Senior Leaving Certificate Examination (including Day School Certificate (Higher) General paper), 1947
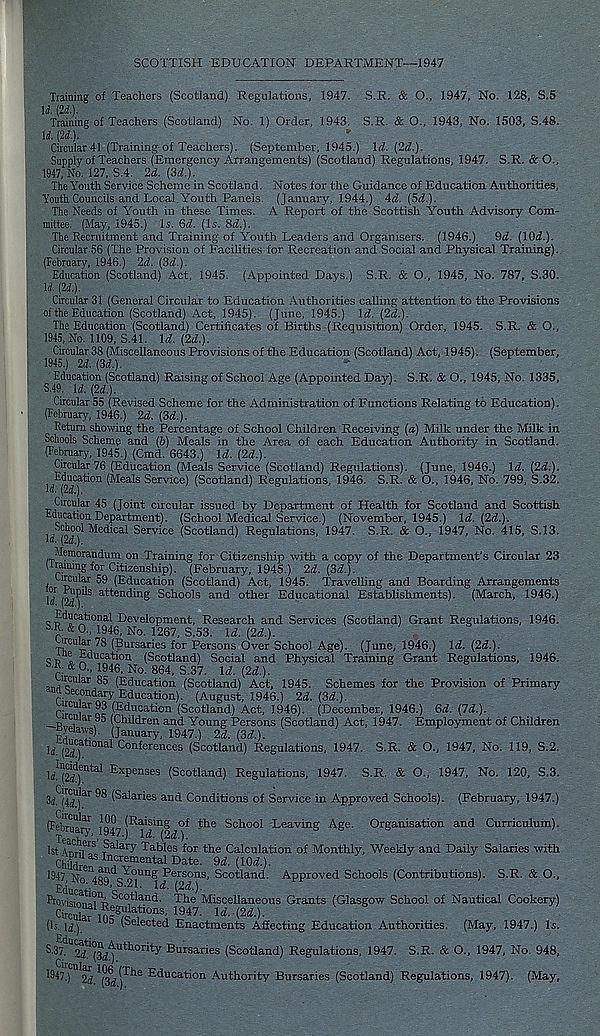
SCOTTISH EDUCATION DEPARTMENT—1947
Training of Teachers (Scotland) Regulations, 1947. S.R. & O., 1947, No. 128, S.5
\i. [2d.).
Training of Teachers (Scotland) No. 1) Order, 1943. S.R. & O., 1943, No. 1503, S.48.
U. (2d.}.
Circular 41 (Training of Teachers). (September, 1945.) \d. (2d.).
Supply of Teachers (Emergency Arrangements) (Scotland) Regulations, 1947, S.R. & O.,
1947, No. 127, S.4. 2d. (3d).
The Youth Service Scheme in Scotland. Notes for the Guidance of Education Authorities,
Youth Councils and Local.Youth Panels. (January, 1944.) 4rl (5d.).
The Needs of YYmth in these Times. A Report of the Scottish Youth Advisory Com-
mittee. (May, 1945.) Is. Qd. (Is. Sd).
The Recruitment and Training of Youth Leaders and Organisers. (1946.) 9d (lOd).
Circular 56 (The Provision of Facilities for Recreation and Social and Physical Training).
(February, 1946.) 2d. (3d.).
Education (Scotland) Act, 1945. (Appointed Days.) S.R. & O., 1945, No. 787, S.30.
U. (2d,).
Circular 31 (General Circular to Education Authorities calling attention to the Provisions
of the Education (Scotland) Act, 1945). (June, 1945.) \d. (2d.).
The Education (Scotland) Certificates of Births (Requisition) Order, 1945. S.R. & O.,
1945, No. 1109, S.41. Id (2d).
Circular 38 (Miscellaneous Provisions of the Education (Scotland) Act, 1945). (September,
1945.) 2d. (3d.).
^ Education (Scotland) Raising of School Age (Appointed Day). S.R. & O., 1945, No. 1335,
Circular 55 (Revised Scheme for the Administration of Functions Relating to Education).
(February, 1946.) 2d. (3d.).
Return showing the Percentage of School Children Receiving (a) Milk under the Milk in
Schools Scheme and (b) Meals in the Area of each Education Authority in Scotland.
(February, 1945.) (Cmd. 6643.) Id (2d.).
Circular 76 (Education (Meals Service (Scotland) Regulations). (June, 1946.) Id (2d).
l/pd^0 11 ^M ealS Service ) ( Scotland ) Regulations, 1946. S.R. & O., 1946, No. 799, S.32.
Circular 45 (Joint circular issued by Department of Health for Scotland and Scottish
Education Department). (School Medical Service.) (November, 1945.) Id (2d).
W (M)' ^e <^ca^ Service (Scotland) Regulations, 1947. S.R. & O., 1947, No. 415, S.13.
Memorandum on Training for Citizenship with a copy of the Department's Circular 23
(irammg for Citizenship). (February, 1945.) 2d (3d).
Circular 59 (Education (Scotland) Act, 1945. Travelling and Boarding Arrangements
H (2d^S at “g Schools and other Educational Establishments). (March, 1946.)
Educational Development, Research and Services (Scotland) Grant Regulations, 1946.
S -R : & 0., 1946, No. 1267, S.53. Id (2d).
.
78 (? ursar i es f or Persons Over School Age). (June, 1946.) Id (2d.).
sb e Education (Scotland) Social and Physical Training Grant Regulations, 1946.
S 'R;& 0.,1946,No.864,S.37. Id (2d).
ajiuc ar -, 85 (Education (Scotland) Act, 1945. Schemes for the Provision of Primary
m Secondary Education). (August, 1946.) 2d. (3d.).
p. ,
(Education (Scotland) Act, 1946). (December, 1946.) 6d (7d).
—R,
(Children and Young Persons (Scotland) Act, 1947. Employment of Children
-Byelaws). (January, 1947.) 2d (3d).
: ,2 , c , atl0nal Conferences (Scotland) Regulations, 1947. S.R. & O., 1947, No. 119, S.2.
u - (2d.).
Expenses (Scotland) Regulations, 1947. S.R. & O., 1947, No. 120, S.3.
3 <? C (4 C /J aT ^ Parries and Conditions of Service in Approved Schools).
(February 1947 S Rai f“§ ,? f the School Leaving Age.
(February, 1947.)
Organisation and Curriculum).
eachere Salary Tables for the Calculation of Monthly, Weekly and Daily Salaries with
Id (2d.)
1st aYT" N^ary Tables f„
ChiMr aS Increm ental Date.
EhUdren and You
‘S47, No 489,3.21. Id (2d).
PrqvisimiI? I ii 8co , Raild - The Miscellaneous Grants (Glasgow School of Nautical Cookery)
CircZ ,- egU >- ti0ns ' 1947 ' I*?- (2<Z.).
ChAdren amT v U1CUla i-,' L '' ate '
,Jen and Young Persons, Scotland. Approved Schools (Contributions). S.R. & O.,
(Is. li) " ^ (Selected Enactments Affecting Education Authorities. (May, 1947.) Is.
s .3 E 7 dll^°£ Authority Bursaries (Scotland) Regulations, 1947. S.R. & O., 1947, No. 948,
1947.) 2J
EMmratkm-^.wttiority Bursaries (Scotland) Regulations, 1947). (May,